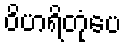
ဝိဟရိတုံပေ